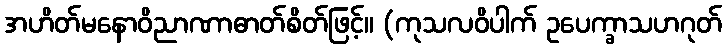
အဟိတ်မနောဝိညာဏာဓာတ်စိတ်ဖြင့်။ (ကုသလဝိပါက် ဥပေက္ခာသဟဂုတ်